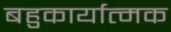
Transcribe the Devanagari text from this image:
बहुकार्यात्‍मक